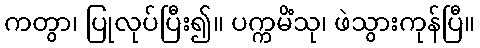
ကတွာ၊ ပြုလုပ်ပြီး၍။ ပက္ကမိံသု၊ ဖဲသွားကုန်ပြီ။